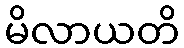
မိလာယတိ